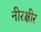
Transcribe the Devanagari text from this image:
नीरक्षीर